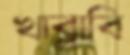
খাব্‌লাবি